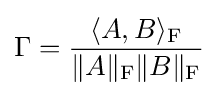
\Gamma ={\frac {\langle A,B\rangle _{\rm {F}}}{\|A\|_{\rm {F}}\|B\|_{\rm {F}}}}